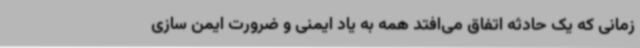
زمانی که یک حادثه اتفاق می‌افتد همه به یاد ایمنی و ضرورت ایمن سازی